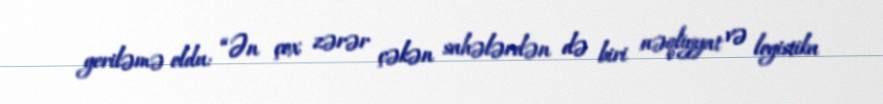
geriləmə oldu: “Ən çox zərər çəkən sahələrdən də biri nəqliyyat və logistika